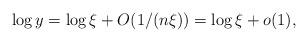
LaTeX: \begin{align*} \log y = \log\xi + O(1/(n\xi)) = \log\xi +o(1),\end{align*}